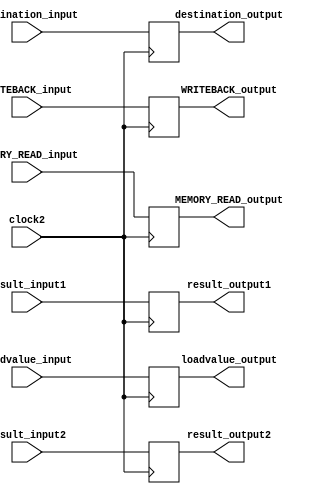
module MEM_WB (clock2, destination_input, destination_output, result_input1, result_input2, result_output1, result_output2, loadvalue_input, loadvalue_output, MEMORY_READ_input, MEMORY_READ_output, 
    WRITEBACK_input, WRITEBACK_output);

    input clock2, MEMORY_READ_input; 
    input [1:0] WRITEBACK_input;
    input [4:0] destination_input;
    input [31:0] result_input1, result_input2, loadvalue_input;

    output reg MEMORY_READ_output;
    output reg [1:0] WRITEBACK_output;
    output reg [4:0] destination_output;
    output reg [31:0] result_output1, result_output2, loadvalue_output;

    always @(posedge clock2) begin
        MEMORY_READ_output <= MEMORY_READ_input;
        WRITEBACK_output <= WRITEBACK_input;
        destination_output <= destination_input;
        result_output1 <= result_input1; 
        result_output2 <= result_input2; 
        loadvalue_output <= loadvalue_input;
    end

endmodule